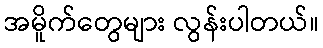
အမိူက်တွေများ လွန်းပါတယ်။